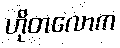
ဟိုတလောက